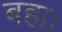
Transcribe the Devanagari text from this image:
बहाः